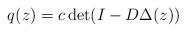
LaTeX: \begin{align*} q(z) = c \det(I-D \Delta(z))\end{align*}